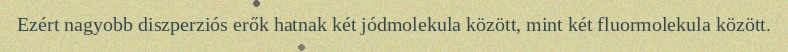
Ezért nagyobb diszperziós erők hatnak két jódmolekula között, mint két fluormolekula között.